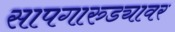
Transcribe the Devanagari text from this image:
सापगारुड्यावर